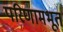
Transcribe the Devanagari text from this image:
परिणामभूत